Vaccination in Bombay 1874-1876 - 1874-1876
Year: 1874
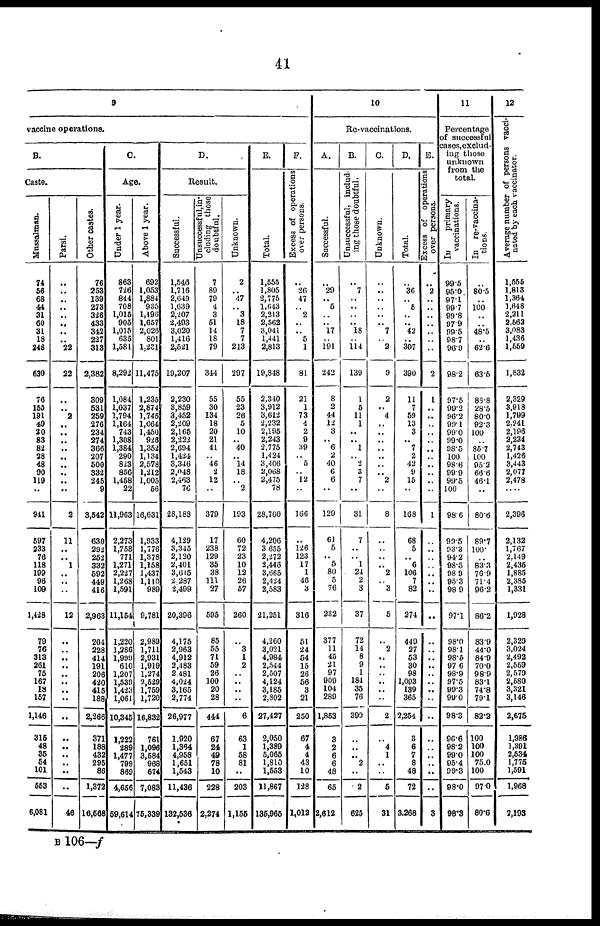
41
9
vaccine operations.
B.
Caste.
Mussalman.
74
56
68
44
31
60
31
18
248
630
76
155
191
49
20
83
82
28
48
90
119
..
941
597
233
76
118
199
96
109
1,428
79
76
313
261
75
167
18
157
1,146
315
48
36
54
101
553
6,081
Parsi.
..
..
..
..
.. ..
..
.. 22
22
..
.. 2
..
..
..
..
..
..
.. ..
..
2
11
..
.. 1
..
..
..
12
..
.. ..
..
..
.. ..
..
..
..
..
.. ..
..
..
46
Other castes.
76
253
139
273
326
433
342
227
313
2,382
309
531
259
276
234
274
366
207
500
332
245
9
3,542
630
292
252
332
592
449
416
2,963
204
228
414
191
206
420
415
188
2,266
371
188
432
295
86
1,372
16,568
C.
Age.
Under 1 year.
863
726
844
708
1,015
905
1,015
635
1,581
8,292
1,084
1,037
1,794
1,164
743
1,308
1,384
290
823
856
1,458
22
11,963
2,273
1,758
771
1,271
2,227
1,268
1,591
11,154
1,220
1,286
1,999
610
1,207
1,539
1,423
1,061
10,345
1,222
289
1,477
799
869
4,656
59,614
Above 1 year.
692
1,053
1,884
935
1,196
1,657
2,026
801
1,231
11,475
1,235
2,874
1,745
1,064
1,450
926
1,352
1,134
2,578
1,212
1,005
56
16,631
1,933
1,776
1,378
1,158
1,437
1,110
989
9,781
2,989
1,711
2,931
1,919
1,274
2,529
1,759
1,720
16,832
761
1,096
3,584
968
674
7,083
75,339
D.
Result.
Successful.
1,546
1,716
2,649
1,639
2,207
2,493
3,020
1,416
2,521
19,207
2,230
3,859
3,452
2,209
2,165
2,222
2,694
1,424
3,346
2,048
2,463
76
28,188
4,129
3,345
2,120
2,401
3,615
2,287
2,499
20,396
4,175
2,963
4,912
2,483
2,481
4,024
3,165
2,774
26,977
1,920
1,364
4,958
1,651
1,543
11,436
132,536
Unsuccessful,in-
cluding those
doubtful.
7
89
79
4
3
51
14
18
79
344
55
30
134
18
20
21
41
.. 46
2
12
..
379
17
238
129
35
38
111
27
595
85
55
71
59
26
100
20
28
444
67
24
49
78
10
228
2,274
Unknown.
2
.. 47
.. 3
18
7
7
213
297
55
23
26
5
10
.. 40
.. 14
18
.. 2
193
60
72
23
10
12
26
57
260
..
3
1
2
..
..
..
..
6
63
1
58
81
..
203
1,155
E.
Total.
1,555
1,805
2,775
1,643
2,213
2,562
3,041
1,441
2,813
19,848
2,340
3,912
3,612
2,232
2,195
2,243
2,775
1,424
3,406
2,068
2,475
78
28,760
4,206
3,655
2,272
2,443
3,665
2,424
2,583
21,251
4,260
3,021
4,984
2,544
2,507
4,124
3,185
2,802
27,427
2,050
1,389
5,065
1,810
1,553
11,867
135,965
F.
Excess of operations
over persons.
..
26
47
.. 2
..
.. 5
1
81
21
1
73
4
2
9
39
.. 5
.. 12
..
166
..
126
123
17
1
46
3
316
51
24
54
15
26
56
3
21
250
67
4
4
43
10
128
1,012
10
Re-vaccinations.
A.
Successful.
..
29
.. 5
.. .. 17
.. 191
242
8
2
44
12
3
.. 6
2
40
6
6
..
129
61
5
.. 5
80
5
76
232
377
11
45
21
97
909
104
289
1,853
3
2
6
6
48
65
2,612
B.
Unsuccessful, includ-
ing those doubtful.
..
7
.. ..
.. .. 18
.. 114
139
1
5
11
1
..
.. 1
.. 2
3
7
..
31
7
..
.. 1
24
2
3
37
72
14
8
9
1
184
35
76
399
..
.. .. 2
..
2
625
C.
Unknown.
..
..
..
..
..
.. 7
.. 2
9
2
.. 4
..
.. ..
..
..
..
.. 2
..
8
..
..
.. .. 2
.. 3
5
..
2
..
..
..
..
..
..
2
..
4
1
..
..
5
31
D.
Total.
..
36
.. 5
..
.. 42
.. 307
390
11
7
59
13
3
.. 7
2
42
9
15
..
168
68
5
.. 6
106
7
82
274
440
27
53
30
98
1,093
139
365
2,254
3
6
7
8
48
72
3,268
E.
Excess of operations
over persons.
..
2
..
..
..
..
..
..
..
2
1
.. ..
..
..
..
..
..
..
..
..
..
1
..
..
..
..
..
..
..
..
..
..
..
..
..
..
..
..
..
..
..
..
..
..
..
3
11
Percentage
of successful
cases, exclud-
ing those
unknown
from the
total.
In
primary
vaccinations.
99.5
95.0
97.1
99.7
99.8
97.9
99.5
98.7
96.9
98.2
97.5
99.2
96.2
99.1
99.0
99.0
98.5
100
98.6
90.9
99.5
100
98.6
99.5
93.3
94.2
98.5
98.9
95.3
98.9
97.1
98.0
98.1
98.5
97.6
98.9
97.5
99.3
99.0
98.3
96.6
98.2
99.0
95.4
99.3
98.0
98.3
In
re-vaccina-
tions.
..
80.5
.. 100
..
.. 48.5
..
626
63.5
88.8
28.5
80.0
92.3
100
.. 85.7
100
95.2
66.6
46.1
..
80.6
89.7
100.
.. 83.3
76.9
71.4
96.2
86.2
83.9
44.0
84.0
70.0
98.9
83.1
74.8
79.1
82.2
100
100
100
75.0
100
97.0
80.6
12
A verage number of persons vacci-
nated by each vaccinator.
1,555
1,813
1,364
1,648
2,211
2,562
3,083
1,436
1,559
1,832
2,329
3,918
1,799
2,241
2,196
2,234
2,743
1,426
3,443
2,077
2,478
..
2,396
2,132
1,767
2,149
2,435
1,885
2,385
1,331
1,928
2,329
3,024
2,492
2,559
2,579
2,580
3,321
3,146
2,675
1,986
1,391
2,534
1,775
1,591
1,968
2,193
B 106—f